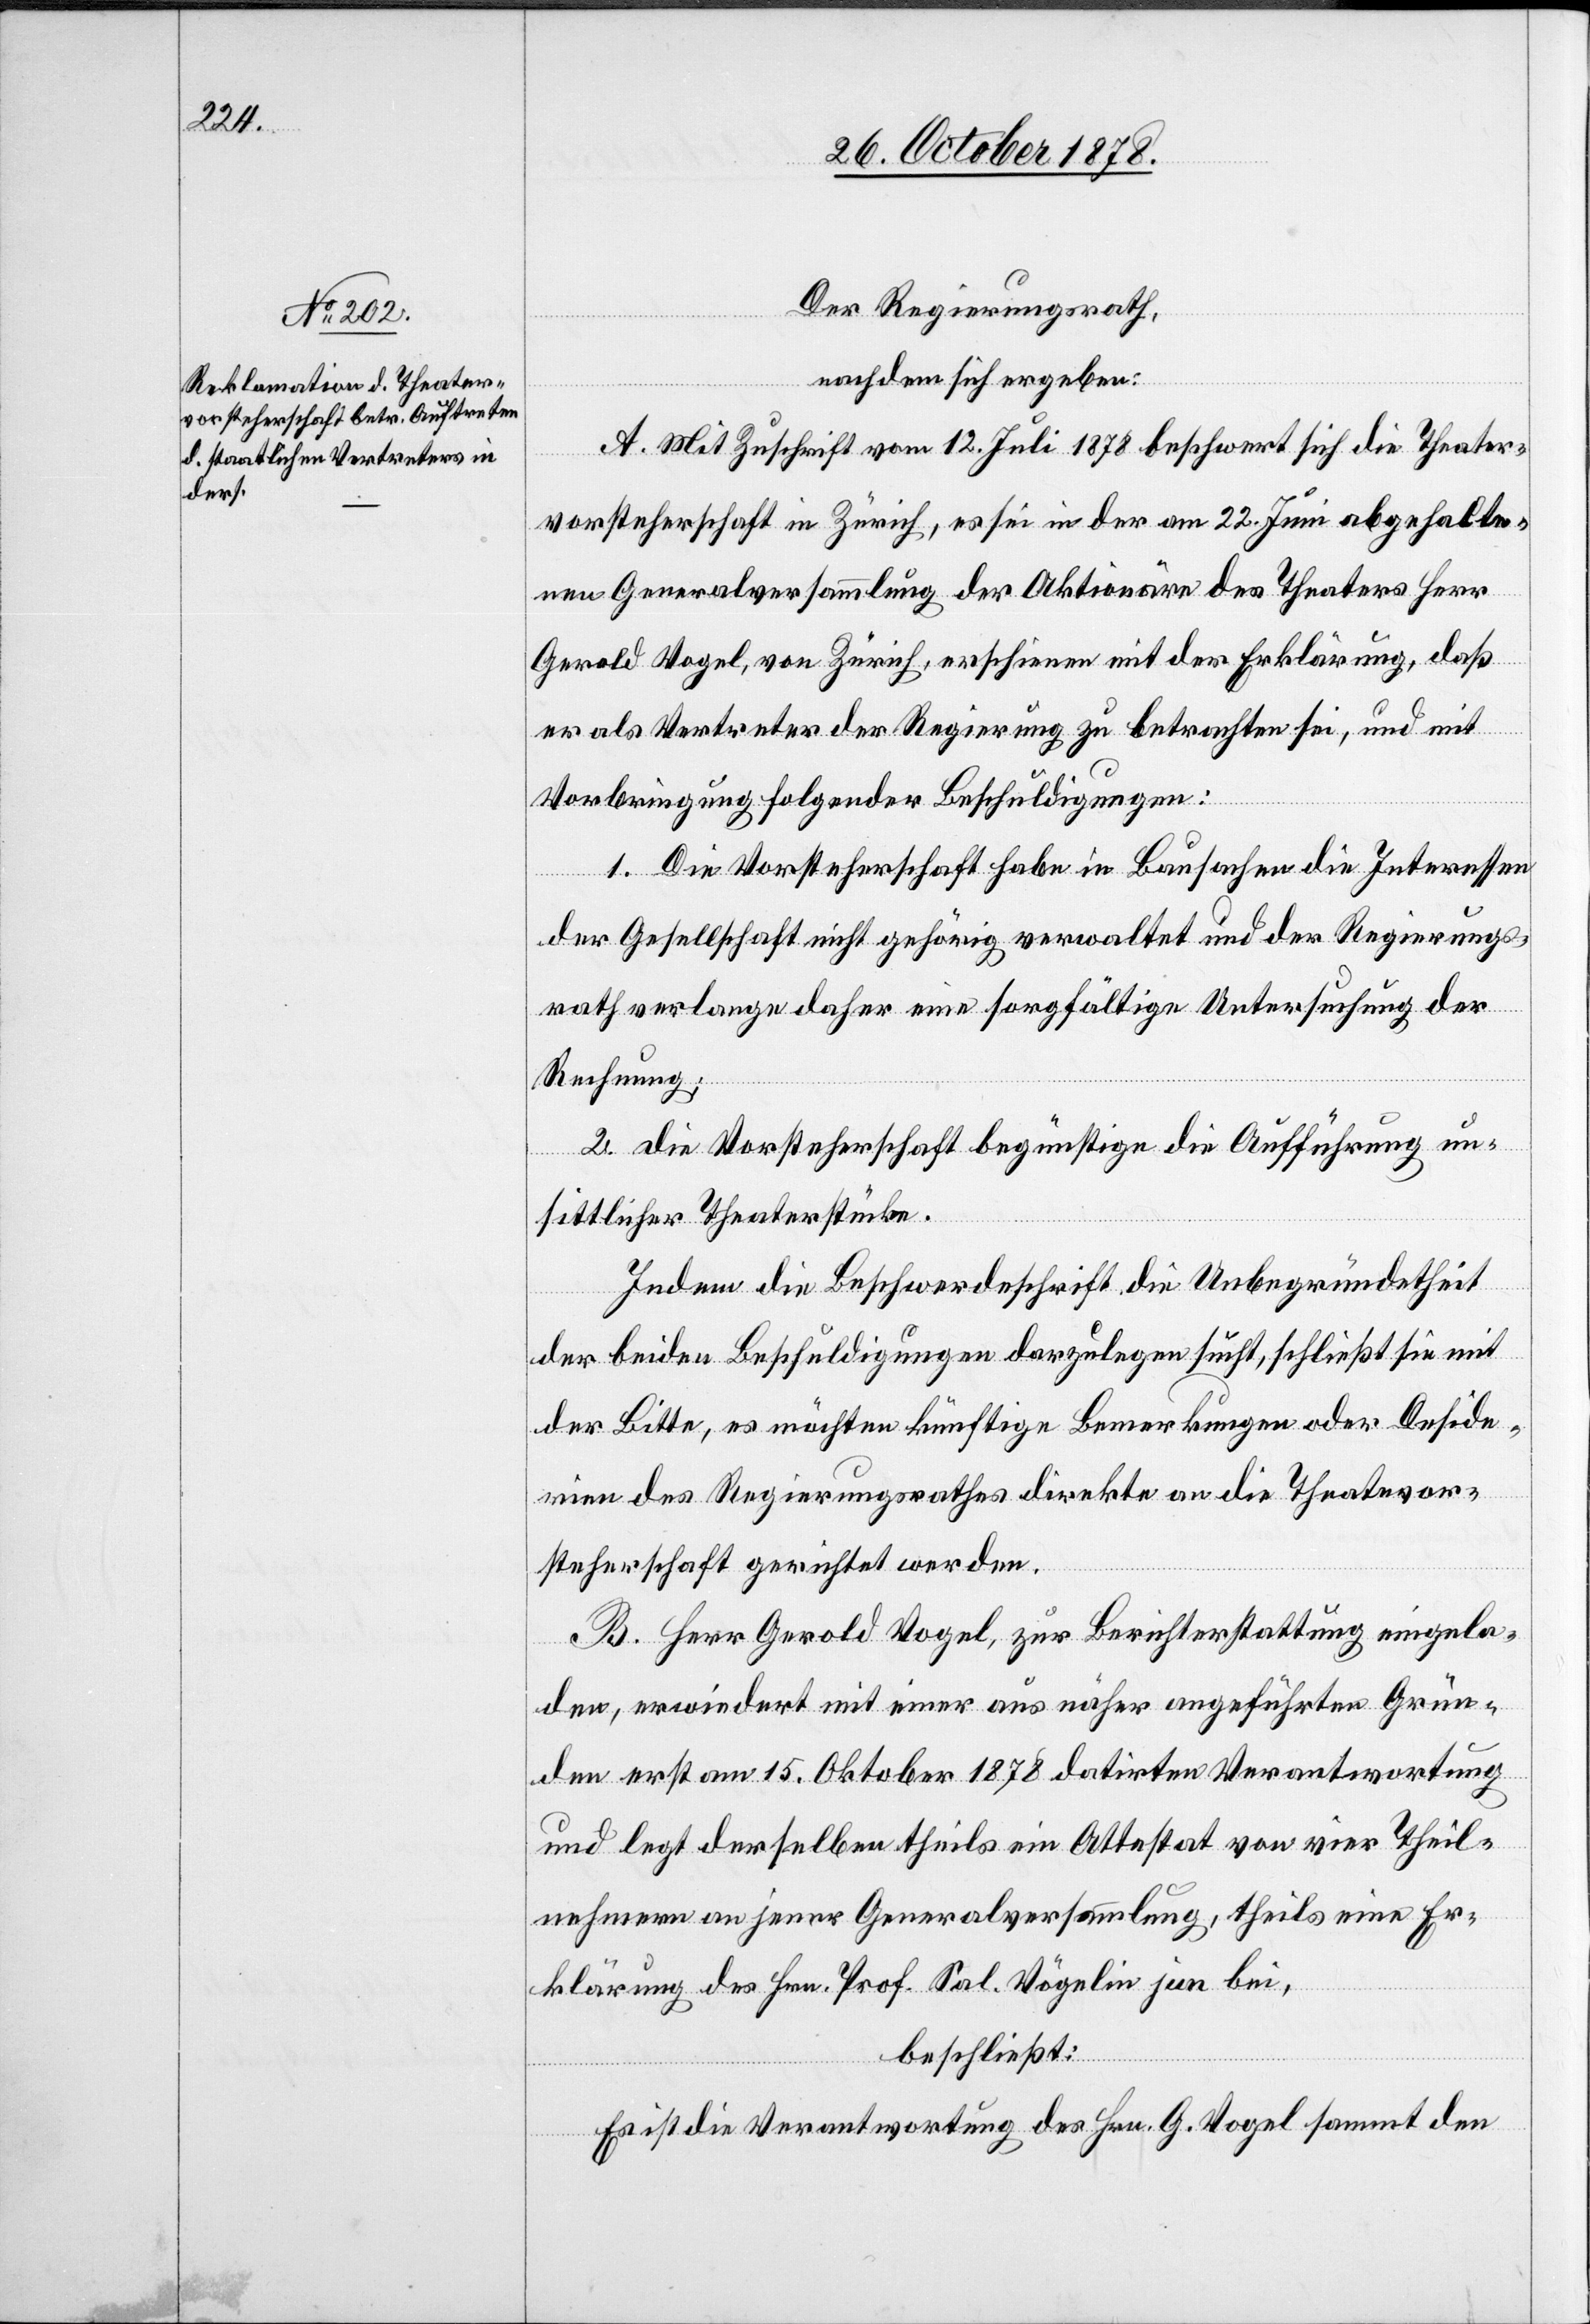
Der Regierungsrath,
nachdem sich ergeben:
A. Mit Zuschrift vom 12. Juli 1878 beschwert sich die Theater¬
vorsteherschaft in Zürich, es sei in der am 22. Juni abgehalte¬
nen Generalversammlung der Aktionäre des Theaters Herr
Gerold Vogel, von Zürich, erschienen mit der Erklärung, daß
er als Vertreter der Regierung zu betrachten sei, und mit
Vorbringung folgender Beschuldigungen:
1. Die Vorsteherschaft habe in Bausachen die Interessen
der Gesellschaft nicht gehörig verwaltet und der Regierungs¬
rath verlange daher eine sorgfältige Untersuchung der
Rechnung.
2. Die Vorsteherschaft begünstige die Aufführung un¬
sittlicher Theaterstücke.
Indem die Beschwerdeschrift die Unbegründetheit
der beiden Beschuldigungen darzulegen sucht, schließt sie mit
der Bitte, es möchten künftige Bemerkungen oder Deside¬
rien des Regierungsrathes direkte an die Theatervor¬
steherschaft gerichtet werden.
B. Herr Gerold Vogel, zur Berichterstattung eingela¬
den, erwiedert mit einer aus näher angeführten Grün¬
den erst am 15. Oktober 1878 datirten Verantwortung
und legt derselben theils ein Attestat von vier Theil¬
nehmern an jener Generalversammlung, theils eine Er¬
klärung des Hrn. Prof. Sal. Vögelin jun. bei,
beschließt:
Es ist die Verantwortung des Hrn. G. Vogel sammt den